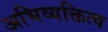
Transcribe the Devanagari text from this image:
अभिव्यक्तित्व